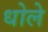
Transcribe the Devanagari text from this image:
धोले